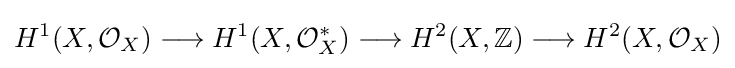
H^{1}(X,{\mathcal {O}}_{X})\longrightarrow H^{1}(X,{\mathcal {O}}_{X}^{*})\longrightarrow H^{2}(X,\mathbb {Z} )\longrightarrow H^{2}(X,{\mathcal {O}}_{X})